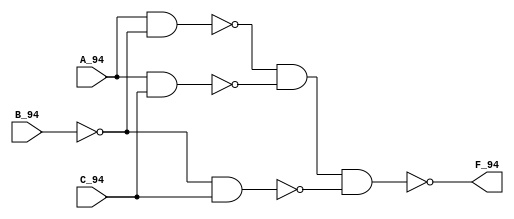
`timescale 1ns / 1ps

//////////////////////////////////////////////////////////////////////////////////
// 
// Module Name: lab2_part1
// Revision 0.01 - File Created
//////////////////////////////////////////////////////////////////////////////////



module lab2_part1(F_94 , A_94 , B_94 , C_94);

    //port declaration
    input A_94 , B_94 , C_94;
    output F_94;
    wire w1 , w2 , w3;
    
    //netlist implmentation
    //nand na1(w1 , A_94 , ~B_94);
    //nand na2(w2 , A_94 , C_94);
    //nand na3(w3 , ~B_94 , C_94);
    //nand na4(F_94 , w1 , w2 , w3); 
   
   //dataflow
   assign F_94 = ~(~(A_94 & ~B_94) & ~(A_94 & C_94) & ~(~B_94 & C_94));

endmodule